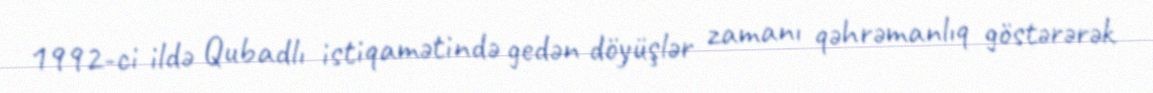
1992-ci ildə Qubadlı istiqamətində gedən döyüşlər zamanı qəhrəmanlıq göstərərək